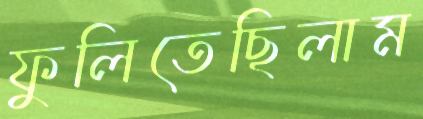
ফুলিতেছিলাম